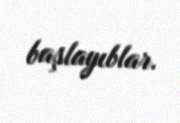
başlayıblar.